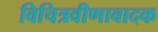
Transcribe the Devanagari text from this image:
विचित्रवीणावादक